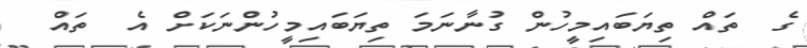
ގެ  ތައް ތިޔަބައިމީހުން ގުނާނަމަ ތިޔަބައިމީހުންނަކަށް އެ  ތައް